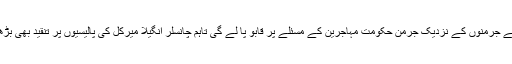
گو بہت سے جرمنوں کے نزدیک جرمن حکومت مہاجرین کے مسئلے پر قابو پا لے گی تاہم چانسلر انگیلا میرکل کی پالیسیوں پر تنقید بھی بڑھ رہی ہے۔